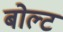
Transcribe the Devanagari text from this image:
बोल्‍ट